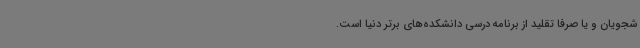
شجویان و یا صرفاً تقلید از برنامه درسی دانشکده‌های برتر دنیا است.